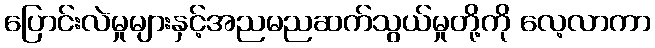
ပြောင်းလဲမှုများနှင့်အညမညဆက်သွယ်မှုတို့ကို လေ့လာကာ